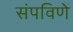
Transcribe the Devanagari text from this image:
संपविणे